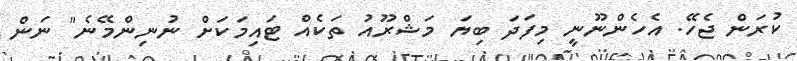
ކުރަން ޖެހޭ. އެހެންނޫނީ މިފަދަ ބިޔަ މަޝްރޫއު ތަކެއް ޓައިމަކަށް ނުނިންމޭނެ" ނަން